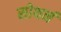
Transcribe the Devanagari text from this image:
सोथर्न